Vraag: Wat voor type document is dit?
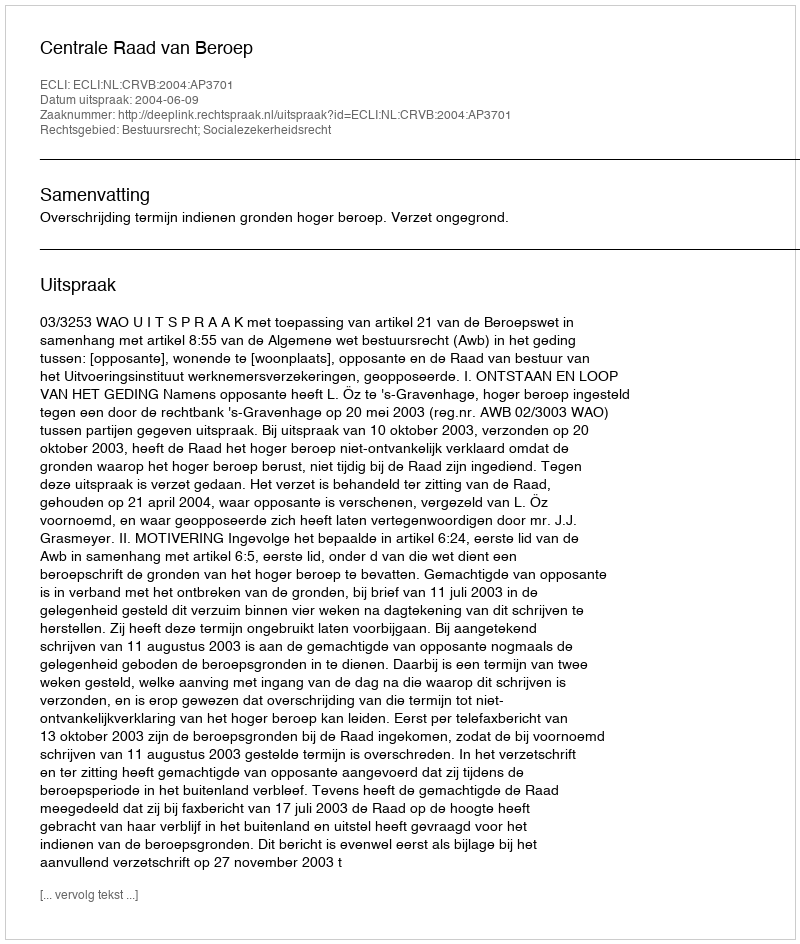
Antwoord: Uitspraak